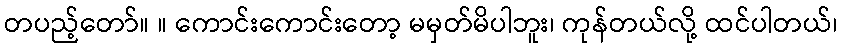
တပည့်တော်။ ။ ကောင်းကောင်းတော့ မမှတ်မိပါဘူး၊ ကုန်တယ်လို့ ထင်ပါတယ်၊